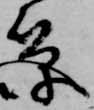
筆